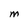
Character: M